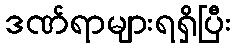
ဒဏ်ရာများရရှိပြီး